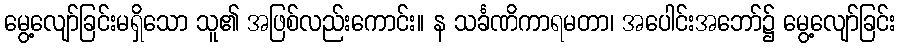
မွေ့လျော်ခြင်းမရှိသော သူ၏ အဖြစ်လည်းကောင်း။ န သင်္ခဏိကာရမတာ၊ အပေါင်းအဘော်၌ မွေ့လျော်ခြင်း